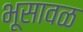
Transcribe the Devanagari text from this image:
भूसावळ